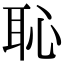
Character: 恥